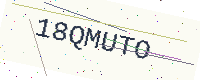
Text: 18QMUTO